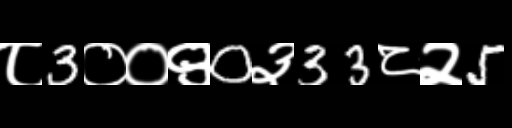
Text: ८3००९0३33८२5